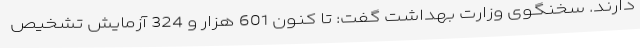
دارند. سخنگوی وزارت بهداشت گفت: تا کنون 601 هزار و 324 آزمایش تشخیص